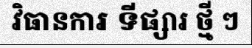
វិធានការ ទីផ្សារ ថ្មី ៗ